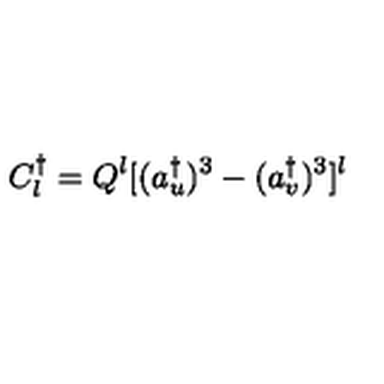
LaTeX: C _ { l } ^ { \dagger } = Q ^ { l } [ ( a _ { u } ^ { \dagger } ) ^ { 3 } - ( a _ { v } ^ { \dagger } ) ^ { 3 } ] ^ { l }